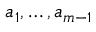
a _ { 1 } , \ldots , a _ { m - 1 }